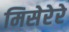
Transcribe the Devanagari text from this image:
मिसेरेरे